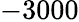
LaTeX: -3000